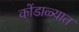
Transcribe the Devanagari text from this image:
कोंडाळ्यात